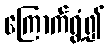
ကြောက်ရွံ့၍